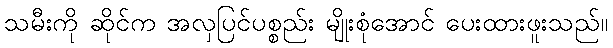
သမီးကို ဆိုင်က အလှပြင်ပစ္စည်း မျိုးစုံအောင် ပေးထားဖူးသည်။